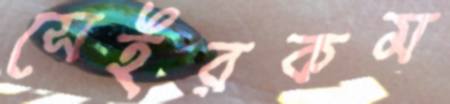
সেইরকম